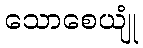
သောစေယျုံ